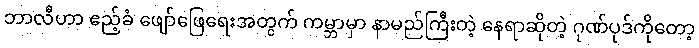
ဘာလီဟာ ဧည့်ခံ ဖျော်ဖြေရေးအတွက် ကမ္ဘာမှာ နာမည်ကြီးတဲ့ နေရာဆိုတဲ့ ဂုဏ်ပုဒ်ကိုတော့